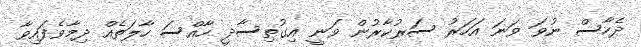
ދެހާސް ނުވަ ވަނަ އަހަރު ސަރުކާރުން ވަނީ އިގުތިސާދީ ހާއްސަ ހާލަތެއް ދިމާވެފައިވާ